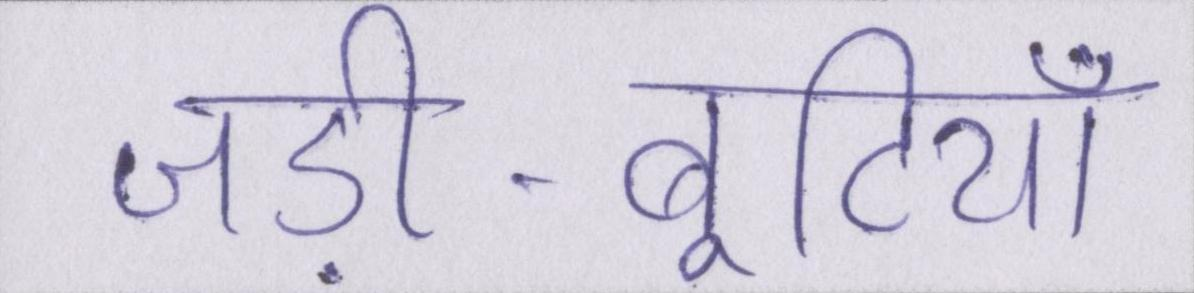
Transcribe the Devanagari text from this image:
जड़ी-बूटियाँ